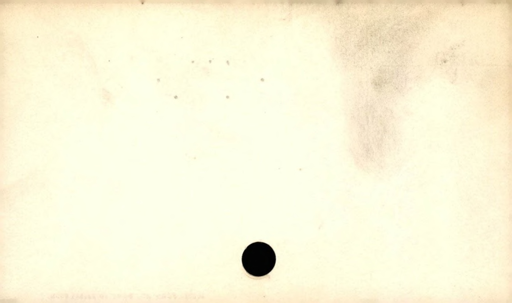
Label: blank